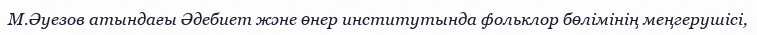
М.Әуезов атындағы Әдебиет және өнер институтында фольклор бөлімінің меңгерушісі,